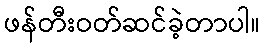
ဖန်တီးဝတ်ဆင်ခဲ့တာပါ။